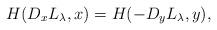
LaTeX: \begin{align*}H(D_x L_\lambda,x) = H(-D_y L_\lambda,y), \end{align*}